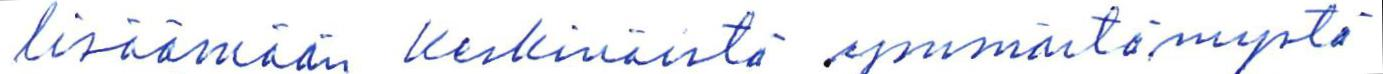
lisäämään keskinäistä ymmärtämystä